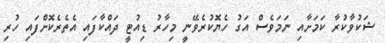
ޝަކުވާކުރާ ކަމަށާއި ނަމަވެސް އަގު ހެޔޮކުރެވޭނީ މިހާރު ޑިއުޓީ ދައްކާފައި އެތެރެކޮށްފައި ހުރި